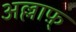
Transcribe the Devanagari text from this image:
अल्लाफ़्‌